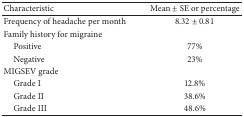
| Characteristic | Mean ± SE or percentage |
 | --- | --- |
 | Frequency of headache per month | 8.32 ± 0.81 |
 | Family history for migraine |  |
 | Positive | 77% |
 | Negative | 23% |
 | MIGSEV grade |  |
 | Grade I | 12.8% |
 | Grade II | 38.6% |
 | Grade III | 48.6% |